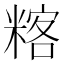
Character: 𥻞